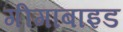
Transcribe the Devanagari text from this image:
गीगाबाइड